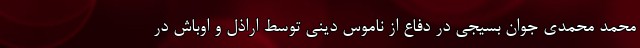
محمد محمدی جوان بسیجی در دفاع از ناموس دینی توسط اراذل و اوباش در